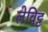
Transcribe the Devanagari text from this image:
लेविट्ट